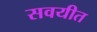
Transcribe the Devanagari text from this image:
सवयीत